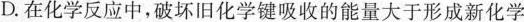
D.在化学反应中，破坏旧化学键吸收的能量大于形成新化学